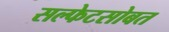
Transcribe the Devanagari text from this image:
सल्फेटसोबत